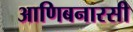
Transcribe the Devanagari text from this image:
आणिबनारसी